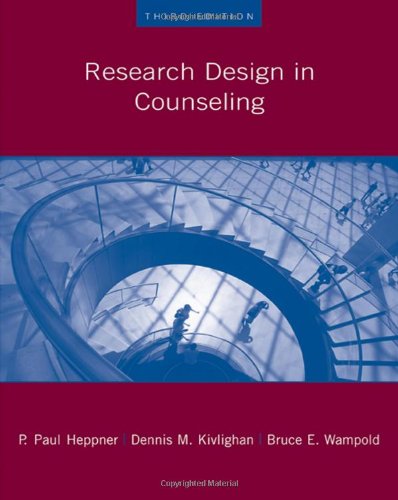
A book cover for Research Design in Counseling (Research, Statistics, & Program Evaluation); Puncky Paul Heppner; Medical Books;